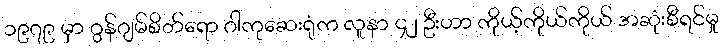
၁၉၇၉ မှာ ဂွန်ဂျမ်စိတ်ရော ဂါကုဆေးရုံက လူနာ ၄၂ ဦးဟာ ကိုယ့်ကိုယ်ကိုယ် အဆုံးစီရင်မှု